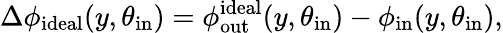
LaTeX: \Delta\phi_{\mathrm{ideal}}(y,\theta_{\mathrm{in}})=\phi_{\mathrm{out}}^{\mathrm{ideal}}(y,\theta_{\mathrm{in}})-\phi_{\mathrm{in}}(y,\theta_{\mathrm{in}}),